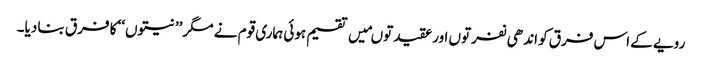
رویے کے اس فرق کو اندھی نفرتوں اور عقیدتوںمیں تقسیم ہوئی ہماری قوم نے مگر ’’نیتوں‘‘ کا فرق بنا دیا۔